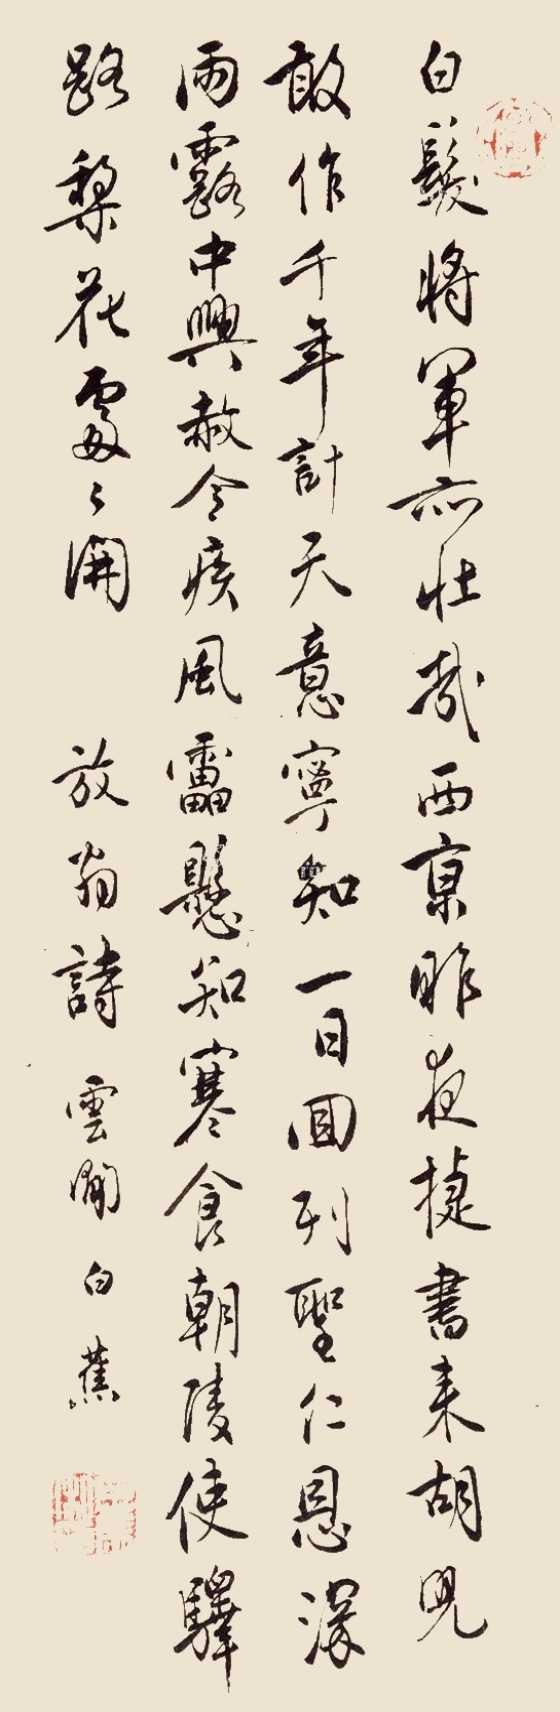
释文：白发将军亦壮哉，西京昨夜捷书来。胡儿敢作千年计，天意宁知一日回。列圣仁恩深雨露，中兴赦令疾风雷。悬知寒食朝陵使，驿路梨花处处开。放翁诗。云间白蕉。